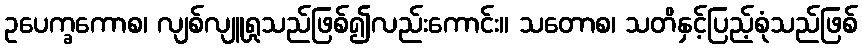
ဥပေက္ခကောစ၊ လျစ်လျူရှုသည်ဖြစ်၍လည်းကောင်း။ သတောစ၊ သတိနှင့်ပြည့်စုံသည်ဖြစ်